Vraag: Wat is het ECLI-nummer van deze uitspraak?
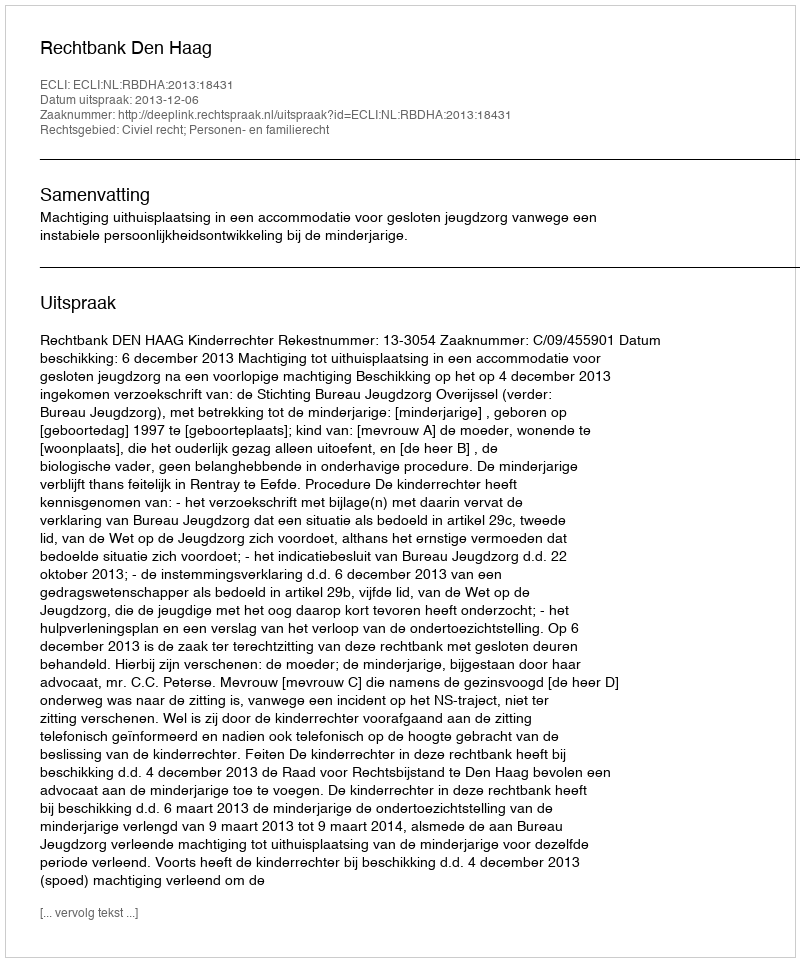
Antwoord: ECLI:NL:RBDHA:2013:18431